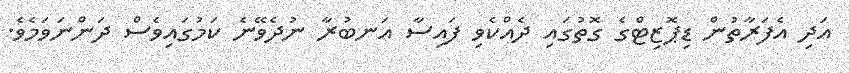
އަދި އެފަރާތުން ޑިޕޮޒިޓްގެ ގޮތުގައި ދެއްކެވި ފައިސާ އަނބުރާ ނުދެވޭނެ ކަމުގައިވެސް ދަންނަވަމެވެ.